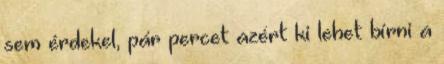
sem érdekel, pár percet azért ki lehet bírni a